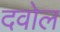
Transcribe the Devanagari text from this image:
दवोल